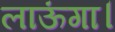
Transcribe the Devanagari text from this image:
लाऊंगा।